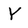
Character: Y